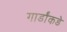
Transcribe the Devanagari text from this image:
गार्डांकडे